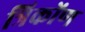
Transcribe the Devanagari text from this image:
त्रिकोंण